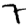
Digit: 7